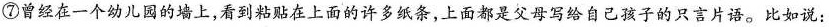
⑦曾经在一个幼儿图的墙上，看到粘贴在上面的许多纸条，上面都是父母写给自己孩子的只言片语。比如说：